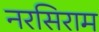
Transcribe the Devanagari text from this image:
नरसिराम